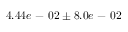
4 . 4 4 e \mathrm { ~ - ~ } 0 2 \pm 8 . 0 e \mathrm { ~ - ~ } 0 2